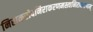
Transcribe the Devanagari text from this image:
निराकरोदनिराकरणमस्त्वनिराकरणम्